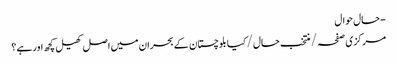
- حال حوال
مرکزی صفحہ / منتخب حال / کیا بلوچستان کے بحران میں اصل کھیل کچھ اور ہے؟